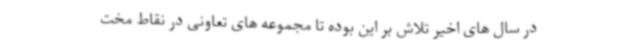
در سال های اخیر تلاش بر این بوده تا مجموعه های تعاونی در نقاط مخت